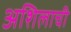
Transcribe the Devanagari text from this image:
अशिलाची